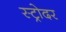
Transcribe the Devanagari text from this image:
स्ट्रोदर